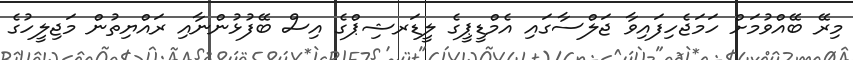
މިރޭ ބޭއްވުމަށް ހަމަޖެހިފައިވާ ޖަލްސާގައި އެމްޑީޕީގެ ލީޑަރޝިޕްގެ އިސް ބޭފުޅުންނާއި ރައްޔިތުން މަޖިލީހުގެ